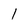
Character: 1